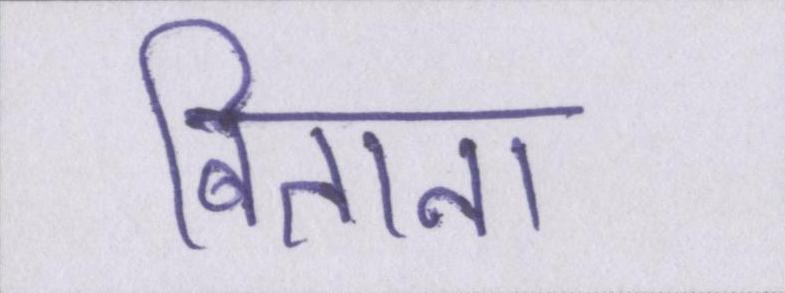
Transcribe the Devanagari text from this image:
बिताना